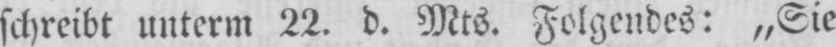
schreibt unterm 22. d. Mts. Folgendes: „Sie